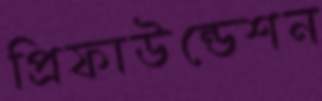
প্রিফাউন্ডেশন